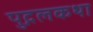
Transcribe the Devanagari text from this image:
पुद्गलकथा